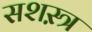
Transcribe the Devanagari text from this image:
सशस़्त्र